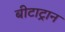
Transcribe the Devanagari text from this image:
बीटाट्रान